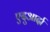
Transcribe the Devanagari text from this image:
एदुआर्दा